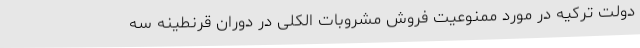
دولت ترکیه در مورد ممنوعیت فروش مشروبات الکلی در دوران قرنطینه‌‌ سه